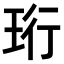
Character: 珩